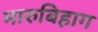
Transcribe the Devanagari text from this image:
मारुबिहाग